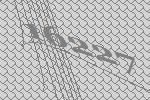
16227